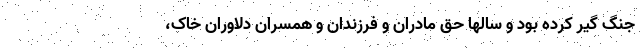
جنگ گیر کرده بود و سالها حق مادران و فرزندان و همسران دلاوران خاک،